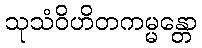
သုသံဝိဟိတကမ္မန္တော